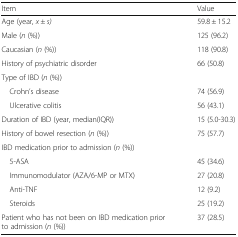
| Item | Value |
 | --- | --- |
 | Age (year, x ± s) | 59.8 ± 15.2 |
 | Male (n (%)) | 125 (96.2) |
 | Caucasian (n (%)) | 118 (90.8) |
 | History of psychiatric disorder | 66 (50.8) |
 | <COLSPAN=2> Type of IBD (n (%)) |
 | Crohn’s disease | 74 (56.9) |
 | Ulcerative colitis | 56 (43.1) |
 | Duration of IBD (year, median(IQR)) | 15 (5.0-30.3) |
 | History of bowel resection (n (%)) | 75 (57.7) |
 | <COLSPAN=2> IBD medication prior to admission (n (%)) |
 | 5-ASA | 45 (34.6) |
 | Immunomodulator (AZA/6-MP or MTX) | 27 (20.8) |
 | Anti-TNF | 12 (9.2) |
 | Steroids | 25 (19.2) |
 | Patient who has not been on IBD medication prior to admission (n (%)) | 37 (28.5) |